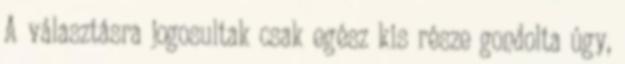
A választásra jogosultak csak egész kis része gondolta úgy,